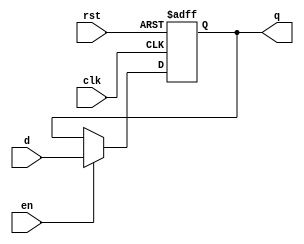
module output_register (
    input wire clk,        // Clock input
    input wire rst,        // Asynchronous reset input
    input wire en,         // Enable signal
    input wire [N-1:0] d,  // Data input
    output reg [N-1:0] q   // Output
);
    parameter N = 8;       // Width of the register (can be modified as needed)

    // Asynchronous reset and synchronous data capture
    always @(posedge clk or posedge rst) begin
        if (rst) begin
            q <= {N{1'b0}};  // Clear the register to 0 on reset
        end else if (en) begin
            q <= d;          // Capture data on clock edge if enabled
        end
    end
endmodule